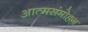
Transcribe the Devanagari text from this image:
आत्मसंमोहन